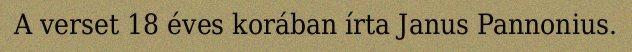
A verset 18 éves korában írta Janus Pannonius.